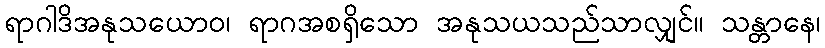
ရာဂါဒိအနုသယောဝ၊ ရာဂအစရှိသော အနုသယသည်သာလျှင်။ သန္တာနေ၊